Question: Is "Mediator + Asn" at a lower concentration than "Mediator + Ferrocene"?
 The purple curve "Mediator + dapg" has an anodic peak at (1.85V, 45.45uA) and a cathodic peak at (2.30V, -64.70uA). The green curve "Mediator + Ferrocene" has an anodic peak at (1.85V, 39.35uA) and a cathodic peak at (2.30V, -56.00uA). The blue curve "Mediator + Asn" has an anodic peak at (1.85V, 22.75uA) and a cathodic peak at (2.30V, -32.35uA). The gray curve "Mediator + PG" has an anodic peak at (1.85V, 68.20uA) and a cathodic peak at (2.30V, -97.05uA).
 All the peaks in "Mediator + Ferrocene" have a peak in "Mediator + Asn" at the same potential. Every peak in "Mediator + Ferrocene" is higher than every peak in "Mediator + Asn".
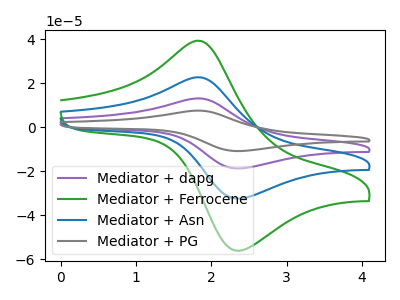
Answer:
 <answer>"Mediator + Ferrocene" has more signal than "Mediator + Asn" and so likely has a higher concentration.</answer>
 <eval>more_concentration</eval>